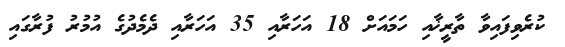
ކުރެވިފައިވާ ތާރީޚާއި ހަމައަށް 18 އަހަރާއި 35 އަހަރާއި ދެމެދުގެ އުމުރު ފުރާގައި